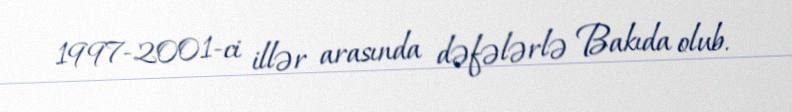
1997-2001-ci illər arasında dəfələrlə Bakıda olub.